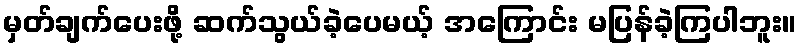
မှတ်ချက်ပေးဖို့ ဆက်သွယ်ခဲ့ပေမယ့် အကြောင်း မပြန်ခဲ့ကြပါဘူး။